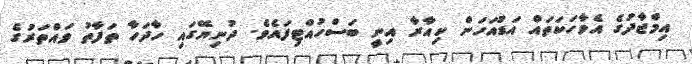
އިމްޖާދުގެ އެވާހަކަތައް އަޑުއަހަން ކިއާރާ އިނީ ބަސްހުއްޓިފައެވެ. ދުނިޔޭގައި ހާދަހާ ތަފާތު ވައްތަރުގެ